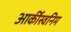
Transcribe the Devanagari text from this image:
आर्कीस्वनिम